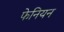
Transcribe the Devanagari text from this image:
फेनियन